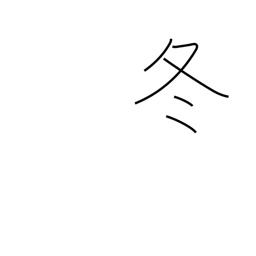
Meaning: winter